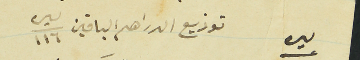
ليره  توزيع الدراهم الباقين ليره/١١٦